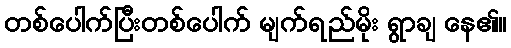
တစ်ပေါက်ပြီးတစ်ပေါက် မျက်ရည်မိုး ရွာချ နေ၏။